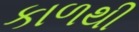
કાળથી